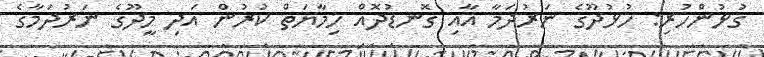
ގުޅުންހުރި: ހުޅުދޫގެ ނަރުދަމާ އާއި ގޮނޑުދޮއް ހިމާޔަތް ކުރުން އަދި މީދޫގެ ނަރުދަމާގެ